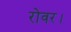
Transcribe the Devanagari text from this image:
रोवर।